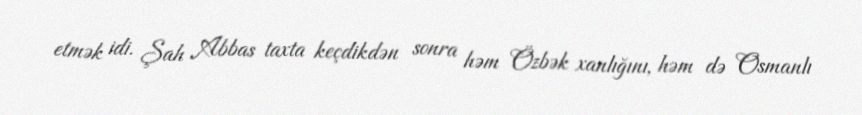
etmək idi. Şah Abbas taxta keçdikdən sonra həm Özbək xanlığını, həm də Osmanlı